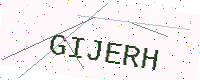
Text: GIJERH